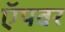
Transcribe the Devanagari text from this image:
ऍपवर